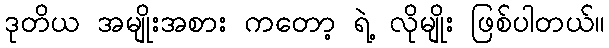
ဒုတိယ အမျိုးအစား ကတော့ ရဲ့ လိုမျိုး ဖြစ်ပါတယ်။